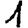
Digit: 1